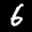
Label: 6